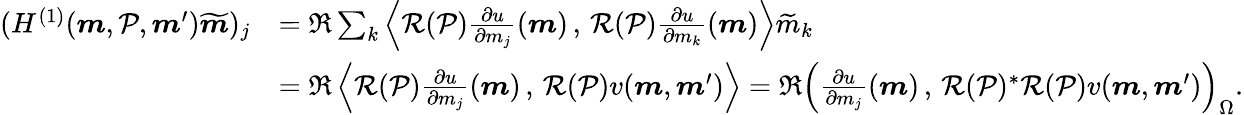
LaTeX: \begin{array}{rl}{(H^{(1)}(\boldsymbol{m},\mathcal{P},\boldsymbol{m}^{\prime})\widetilde{\boldsymbol{m}})_{j}}&{=\Re\sum_{k}\left\langle\mathcal{R}(\mathcal{P})\frac{\partial u}{\partial m_{j}}(\boldsymbol{m})\, ,\, \mathcal{R}(\mathcal{P})\frac{\partial u}{\partial m_{k}}(\boldsymbol{m})\right\rangle\widetilde{m}_{k}}\\ &{=\Re\left\langle\mathcal{R}(\mathcal{P})\frac{\partial u}{\partial m_{j}}(\boldsymbol{m})\, ,\, \mathcal{R}(\mathcal{P})v(\boldsymbol{m},\boldsymbol{m}^{\prime})\right\rangle=\Re\left(\frac{\partial u}{\partial m_{j}}(\boldsymbol{m})\, ,\, \mathcal{R}(\mathcal{P})^{*}\mathcal{R}(\mathcal{P})v(\boldsymbol{m},\boldsymbol{m}^{\prime})\right)_{\Omega}.}\end{array}